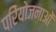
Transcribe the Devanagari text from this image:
परिेयोजनाओं